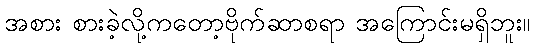
အစား စားခဲ့လို့ကတော့ဗိုက်ဆာစရာ အကြောင်းမရှိဘူး။